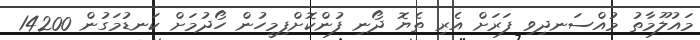
މައުލޫމާތު މުއްސަނދިވި ފަރަށް އެރި ތެޔޮ ދޯނި ފުންކޮށްފިމީހުން ހޯދުމަށް ކަނޑުމަގުން 14200